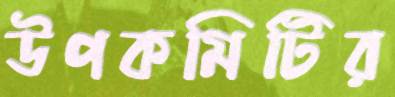
উপকমিটির